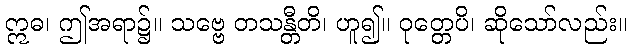
ဣဓ၊ ဤအရာ၌။ သဗ္ဗေ တသန္တီတိ၊ ဟူ၍။ ဝုတ္တေပိ၊ ဆိုသော်လည်း။